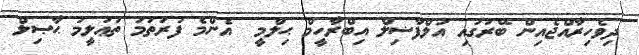
ދިވެހިރާއްޖެއިން ބޭރުގައި އަލްފާޟިލް އިބްރާހީމް ޙިލްމީ  އެންމެ ފުރަތަމަ ތަޢުލީމު ޙާޞިލް